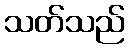
သတ်သည်